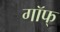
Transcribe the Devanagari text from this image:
गॉफ्